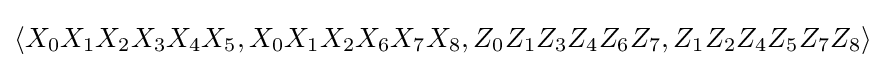
\langle X_{0}X_{1}X_{2}X_{3}X_{4}X_{5},X_{0}X_{1}X_{2}X_{6}X_{7}X_{8},Z_{0}Z_{1}Z_{3}Z_{4}Z_{6}Z_{7},Z_{1}Z_{2}Z_{4}Z_{5}Z_{7}Z_{8}\rangle